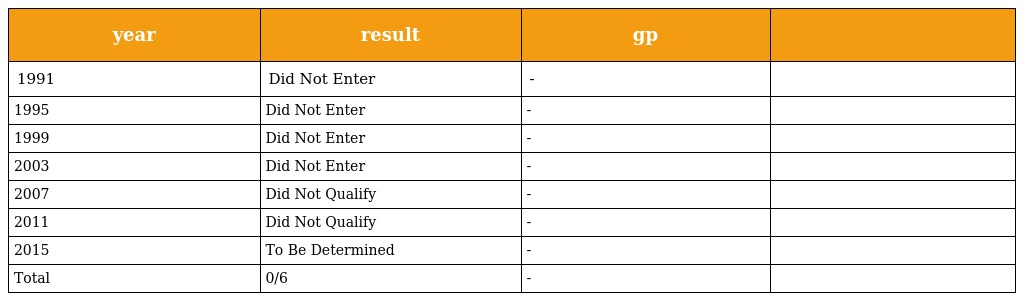
| year | result | gp |  |
 | --- | --- | --- | --- |
 | 1991 | Did Not Enter | - |  |
 | 1995 | Did Not Enter | - |  |
 | 1999 | Did Not Enter | - |  |
 | 2003 | Did Not Enter | - |  |
 | 2007 | Did Not Qualify | - |  |
 | 2011 | Did Not Qualify | - |  |
 | 2015 | To Be Determined | - |  |
 | Total | 0/6 | - |  |